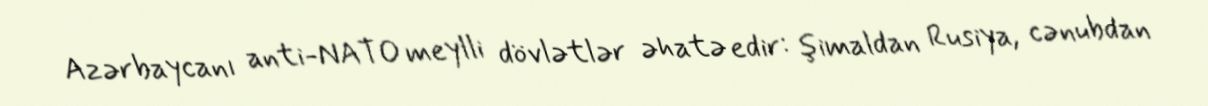
Azərbaycanı anti-NATO meylli dövlətlər əhatə edir: şimaldan Rusiya, cənubdan